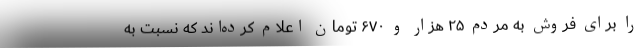
را برای فروش به مردم ۲۵ هزار و ۶۷۰ تومان اعلام کرده‌اند که نسبت به